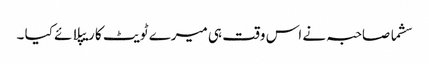
سشما صاحبہ نے اس وقت ہی میرے ٹویٹ کا ریپلائے کیا ۔